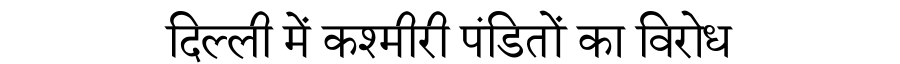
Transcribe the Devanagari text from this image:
दिल्ली में कश्मीरी पंडितों का विरोध